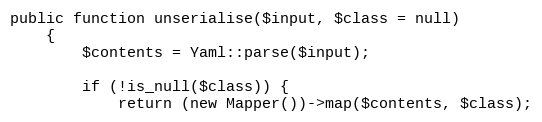
Language: PHP
public function unserialise($input, $class = null)
    {
        $contents = Yaml::parse($input);

        if (!is_null($class)) {
            return (new Mapper())->map($contents, $class);